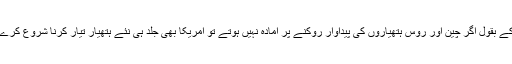
ان کے بقول اگر چین اور روس ہتھیاروں کی پیداوار روکنے پر آمادہ نہیں ہوتے تو امریکا بھی جلد ہی نئے ہتھیار تیار کرنا شروع کرے گا۔